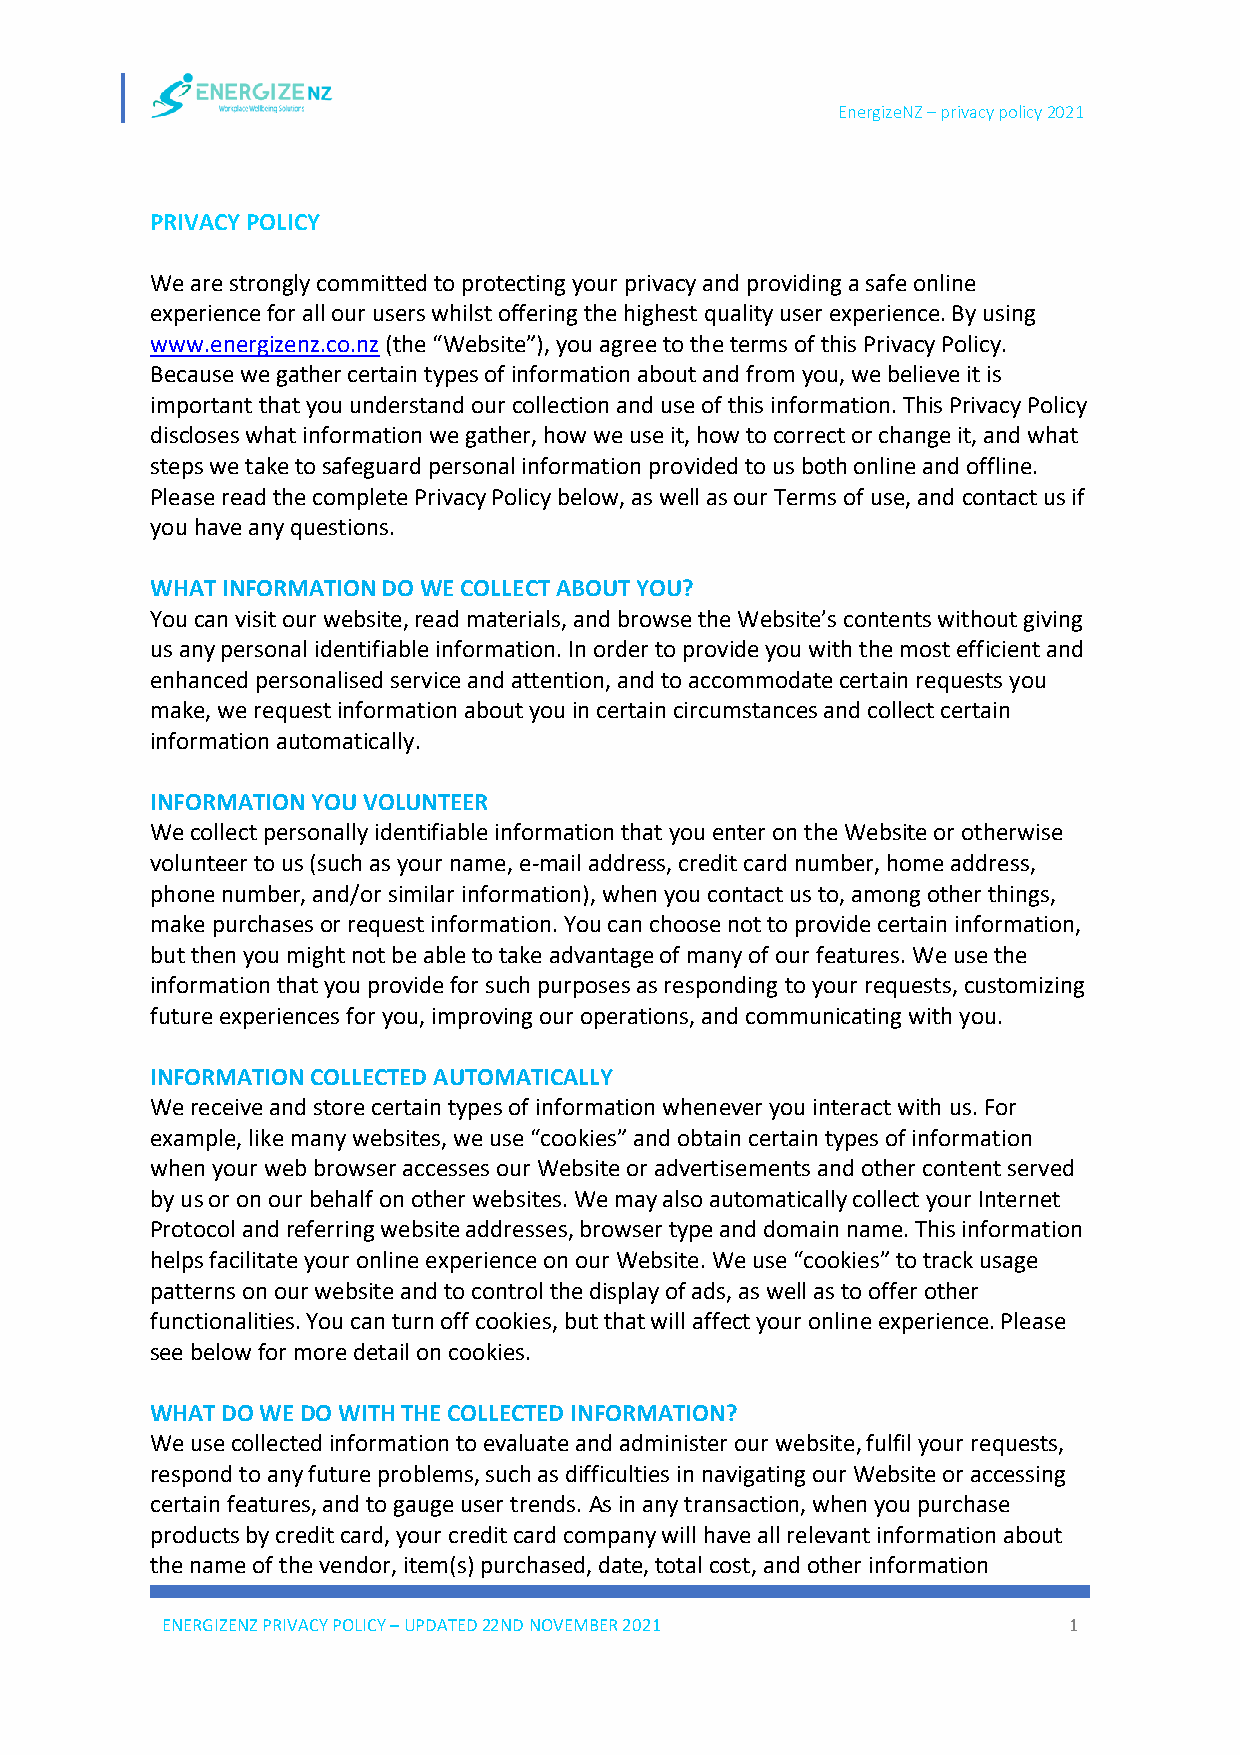
EnergizeNZ – privacy policy 2021
 PRIVACY POLICY
 We are strongly committed to protecting your privacy and providing a safe online
 experience for all our users whilst offering the highest quality user experience. By using
 www.energizenz.co.nz (the “Website”), you agree to the terms of this Privacy Policy.
 Because we gather certain types of information about and from you, we believe it is
 important that you understand our collection and use of this information. This Privacy Policy
 discloses what information we gather, how we use it, how to correct or change it, and what
 steps we take to safeguard personal information provided to us both online and offline.
 Please read the complete Privacy Policy below, as well as our Terms of use, and contact us if
 you have any questions.
 WHAT INFORMATION DO WE COLLECT ABOUT YOU?
 You can visit our website, read materials, and browse the Website’s contents without giving
 us any personal identifiable information. In order to provide you with the most efficient and
 enhanced personalised service and attention, and to accommodate certain requests you
 make, we request information about you in certain circumstances and collect certain
 information automatically.
 INFORMATION YOU VOLUNTEER
 We collect personally identifiable information that you enter on the Website or otherwise
 volunteer to us (such as your name, e-mail address, credit card number, home address,
 phone number, and/or similar information), when you contact us to, among other things,
 make purchases or request information. You can choose not to provide certain information,
 but then you might not be able to take advantage of many of our features. We use the
 information that you provide for such purposes as responding to your requests, customizing
 future experiences for you, improving our operations, and communicating with you.
 INFORMATION COLLECTED AUTOMATICALLY
 We receive and store certain types of information whenever you interact with us. For
 example, like many websites, we use “cookies” and obtain certain types of information
 when your web browser accesses our Website or advertisements and other content served
 by us or on our behalf on other websites. We may also automatically collect your Internet
 Protocol and referring website addresses, browser type and domain name. This information
 helps facilitate your online experience on our Website. We use “cookies” to track usage
 patterns on our website and to control the display of ads, as well as to offer other
 functionalities. You can turn off cookies, but that will affect your online experience. Please
 see below for more detail on cookies.
 WHAT DO WE DO WITH THE COLLECTED INFORMATION?
 We use collected information to evaluate and administer our website, fulfil your requests,
 respond to any future problems, such as difficulties in navigating our Website or accessing
 certain features, and to gauge user trends. As in any transaction, when you purchase
 products by credit card, your credit card company will have all relevant information about
 the name of the vendor, item(s) purchased, date, total cost, and other information
 ENERGIZENZ PRIVACY POLICY – UPDATED 22ND NOVEMBER 2021      1